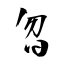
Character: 曶